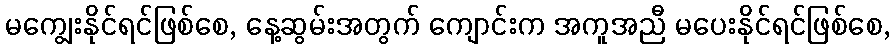
မကျွေးနိုင်ရင်ဖြစ်စေ, နေ့ဆွမ်းအတွက် ကျောင်းက အကူအညီ မပေးနိုင်ရင်ဖြစ်စေ,